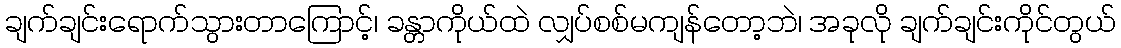
ချက်ချင်းရောက်သွားတာကြောင့်၊ ခန္တာကိုယ်ထဲ လျှပ်စစ်မကျန်တော့ဘဲ၊ အခုလို ချက်ချင်းကိုင်တွယ်